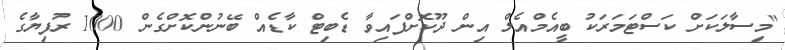
"މިސާލަކަށް ކަސްޓަމަރަކު ބީއެމްއެލް އިން ދޫކޮށްފައިވާ ޑެބިޓް ކާޑެއް ބޭނުންކޮށްގެން 1000 ރުފިޔާގެ